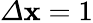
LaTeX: \varDelta\mathbf{x}=1